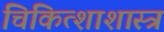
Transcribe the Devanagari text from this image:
चिकित्शाशास्त्र